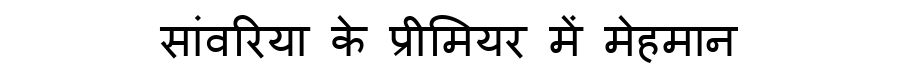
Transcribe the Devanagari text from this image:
सांवरिया के प्रीमियर में मेहमान